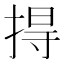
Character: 㧹